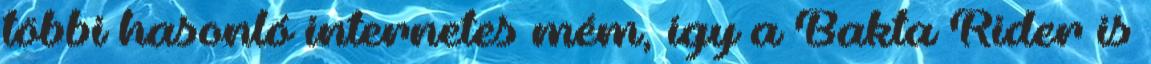
többi hasonló internetes mém, így a Bakta Rider is